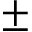
\pm